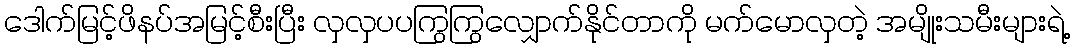
ဒေါက်မြင့်ဖိနပ်အမြင့်စီးပြီး လှလှပပကြွကြွလျှောက်နိုင်တာကို မက်မောလှတဲ့ အမျိုးသမီးများရဲ့